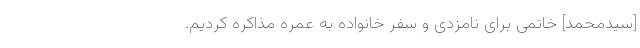
[سیدمحمد] خاتمی برای نامزدی و سفر خانواده به عُمره مذاکره کردیم.